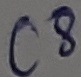
Text: C8